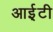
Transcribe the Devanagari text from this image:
आई़़टी